Scottish Certificate of Education, 1963
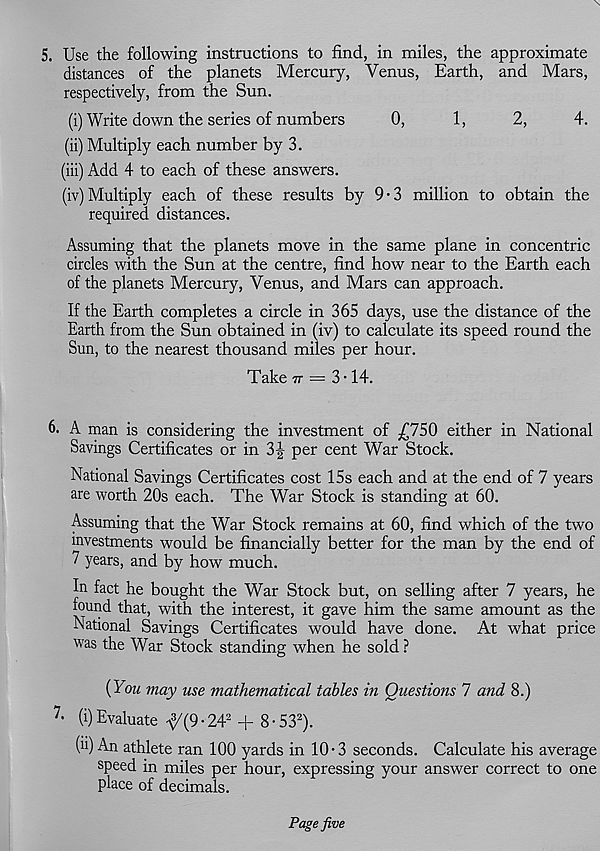
5. Use the following instructions to find, in miles, the approximate
distances of the planets Mercury, Venus, Earth, and Mars,
respectively, from the Sun.
(i) Write down the series of numbers
0,
1,
2,
4.
(ii) Multiply each number by 3.
(iii) Add 4 to each of these answers.
(iv) Multiply each of these results by 9-3 million to obtain the
required distances.
Assuming that the planets move in the same plane in concentric
circles with the Sun at the centre, find how near to the Earth each
of the planets Mercury, Venus, and Mars can approach.
If the Earth completes a circle in 365 days, use the distance of the
Earth from the Sun obtained in (iv) to calculate its speed round the
Sun, to the nearest thousand miles per hour.
Take tt = 3T4.
6. A man is considering the investment of .£750 either in National
Savings Certificates or in 3|- per cent War Stock.
National Savings Certificates cost 15s each and at the end of 7 years
are worth 20s each. The War Stock is standing at 60.
Assuming that the War Stock remains at 60, find which of the two
investments would be financially better for the man by the end of
7 years, and by how much.
In fact he bought the War Stock but, on selling after 7 years, he
found that, with the interest, it gave him the same amount as the
National Savings Certificates would have done. At what price
was the War Stock standing when he sold ?
(You may use mathematical tables in Questions 7 and 8.)
7 - (i) Evaluate ^/(9-24' 2 + 8-53 2 ).
(ii) An athlete ran 100 yards in 10-3 seconds. Calculate his average
speed in miles per hour, expressing your answer correct to one
place of decimals.
Page five